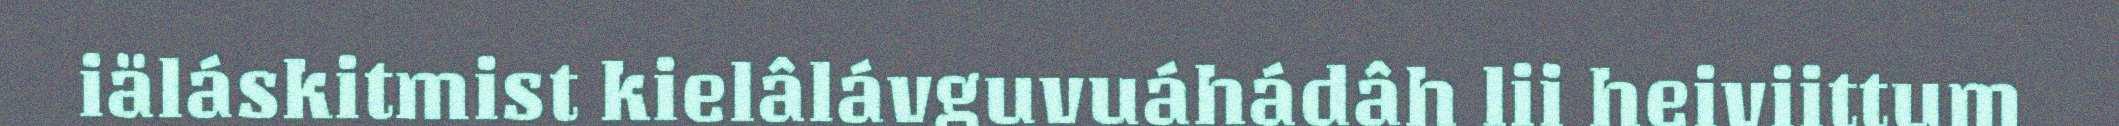
iäláskitmist kielâlávguvuáhádâh lii heiviittum